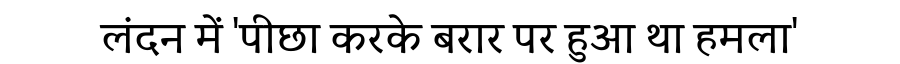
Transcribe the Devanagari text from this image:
लंदन में 'पीछा करके बरार पर हुआ था हमला'